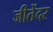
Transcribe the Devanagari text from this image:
जीतेंदर